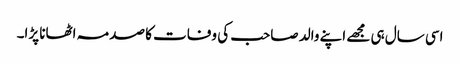
اسی سال ہی مجھے اپنے والد صاحب کی وفات کا صدمہ اٹھانا پڑا۔